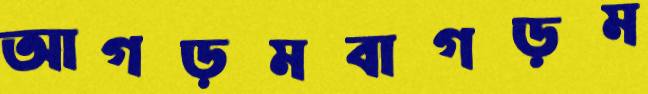
আগড়মবাগড়ম